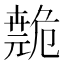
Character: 𫶺